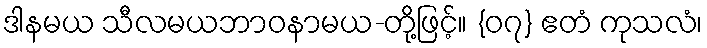
ဒါနမယ သီလမယဘာဝနာမယ-တို့ဖြင့်။ {၀၇} ဧတံ ကုသလံ၊